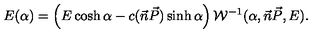
E ( \alpha ) = \left( E \cosh \alpha - c ( \vec { n } \vec { P } ) \sinh \alpha \right) { \cal { W } } ^ { - 1 } ( \alpha , \vec { n } \vec { P } , E ) .